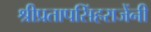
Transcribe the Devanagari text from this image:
श्रीप्रतापसिंहराजेंनी